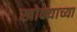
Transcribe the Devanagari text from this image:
खोक्याच्या